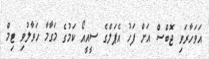
އަވަހާރަވި ޖޮބްސް އަށް ފަހު އެޕަލްގެ ސީއީއޯ ކަމުގެ މަގާމާ ހަވާލުވި ޓިމް